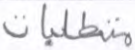
متطلبات